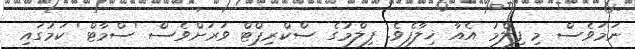
ނަމަވެސް މި ފިލްމު އެއާ ޚިލާފެވެ. ފިލްމުގެ ސްކްރިޕްޓް ވަރަށްވެސް 'ސްމާޓް' ކަމުގައި